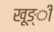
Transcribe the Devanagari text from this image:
खूङ्ी